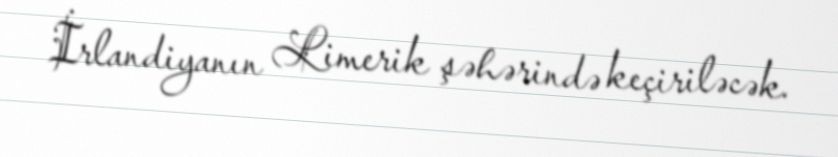
İrlandiyanın Limerik şəhərində keçiriləcək.